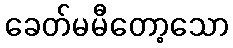
ခေတ်မမီတော့သော